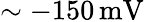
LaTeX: \sim-150\, \mathrm{mV}